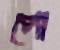
পো